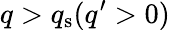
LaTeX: q>q_{\mathrm{s}}(q^{\prime}>0)